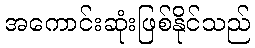
အကောင်းဆုံးဖြစ်နိုင်သည်